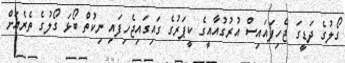
ގޯލުގެ ދަޑީގަ ޖެހިފައައިސް އުރުގުއާއީގެ ކީޕަރުގެ ގައިގައިޖެހިފައި ނިކުތް ބޯޅަ ގޯލުގެ ތެރެއަށް